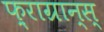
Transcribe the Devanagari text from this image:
फ़्राग्रान्स्